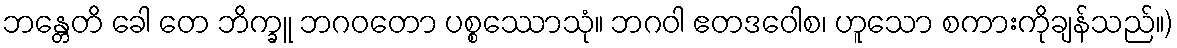
ဘန္တေတိ ခေါ တေ ဘိက္ခူ ဘဂဝတော ပစ္စဿောသုံ။ ဘဂဝါ ဧတဒဝေါစ၊ ဟူသော စကားကိုချန်သည်။)